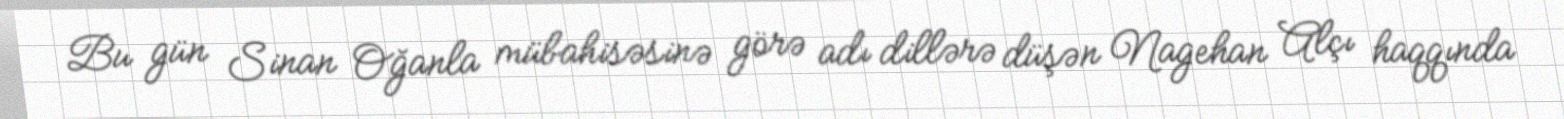
Bu gün Sinan Oğanla mübahisəsinə görə adı dillərə düşən Nagehan Alçı haqqında